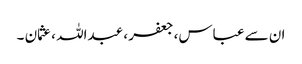
ان سے عباس، جعفر ، عبداللہ ، عثمان ۔